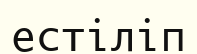
естіліп